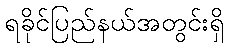
ရခိုင်ပြည်နယ်အတွင်းရှိ